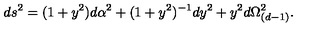
d s ^ { 2 } = ( 1 + y ^ { 2 } ) d \alpha ^ { 2 } + ( 1 + y ^ { 2 } ) ^ { - 1 } d y ^ { 2 } + y ^ { 2 } d \Omega _ { ( d - 1 ) } ^ { 2 } .